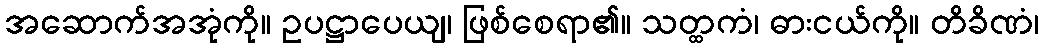
အဆောက်အအုံကို။ ဥပဋ္ဌာပေယျ၊ ဖြစ်စေရာ၏။ သတ္ထကံ၊ ဓားငယ်ကို။ တိခိဏံ၊